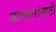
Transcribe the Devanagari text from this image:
जाण्यारांसाठी